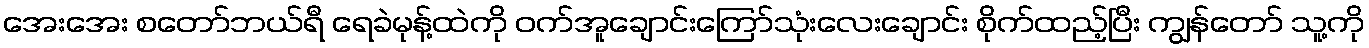
အေးအေး စတော်ဘယ်ရီ ရေခဲမုန့်ထဲကို ဝက်အူချောင်းကြော်သုံးလေးချောင်း စိုက်ထည့်ပြီး ကျွန်တော် သူ့ကို